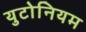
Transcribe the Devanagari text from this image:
युटोनियम